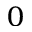
_ 0